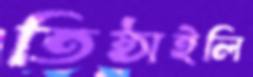
তিষ্ঠাইলি